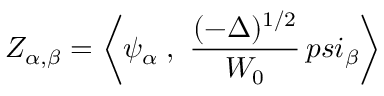
Z _ { \alpha , \beta } = \bigg < \psi _ { \alpha } \; , \ { \frac { ( - \Delta ) ^ { 1 / 2 } } { W _ { 0 } } } \, p s i _ { \beta } \bigg >